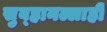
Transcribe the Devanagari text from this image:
सुब्हानल्लाही